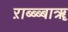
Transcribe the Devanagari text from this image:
ऱाब्ब्ब्बाॠ